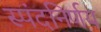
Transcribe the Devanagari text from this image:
स्पंदनिर्णय